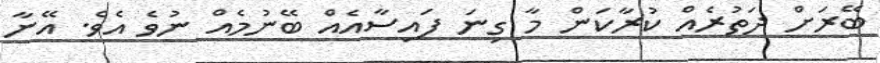
ބޭރަށް ދަތުރެއް ކުރާކަން މާ ގިނަ ފައިސާއެއް ބޭނުމެއް ނުވެ އެވެ. އޭނާ